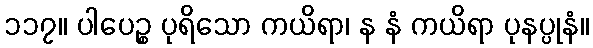
၁၁၇။ ပါပေဉ္စ ပုရိသော ကယိရာ၊ န နံ ကယိရာ ပုနပ္ပုနံ။